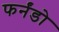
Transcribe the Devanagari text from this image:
फर्नंडो